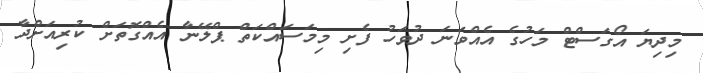
މިދިޔަ އޯގަސްޓް މަހުގެ އެއްވަނަ ދުވަހު ފެށި މިމަސައްކަތް ޕްލޭނާ އެއްގޮތަށް ކުރިއަށްދާ